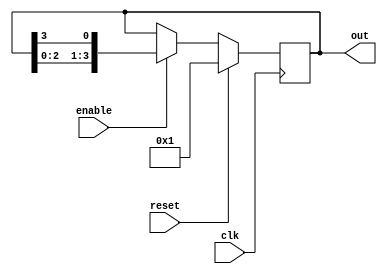
module ring_counter #(
    parameter N = 4  // Number of flip-flops in the ring counter
)(
    input wire clk,           // Clock signal
    input wire reset,         // Synchronous reset signal
    input wire enable,        // Enable signal
    output reg [N-1:0] out    // Output of the ring counter
);

// Internal signal to manage the ring counter state
reg [N-1:0] state;

always @(posedge clk) begin
    if (reset) begin
        // On reset, initialize the counter to 1 at the first flip-flop
        state <= 1'b1;         // Start with 0001 for N=4
    end else if (enable) begin
        // Shift the '1' token to the left
        state <= {state[N-2:0], state[N-1]}; // Shift left with wrap-around
    end
end

// Assign the current state to the output
always @* begin
    out = state;
end

endmodule